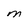
Character: M